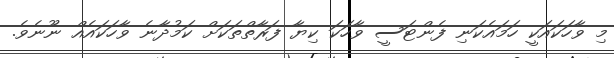
މި ވާހަކައަކީ ހަމައެކަނި ފެންޓަސީ ވާހަކަ ކިޔާ ފަރާތްތަކަށް ކަމުދާނެ ވާހަކައެއް ނޫނެވެ.